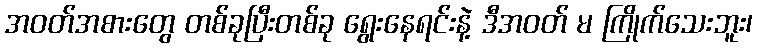
အဝတ်အစားတွေ တစ်ခုပြီးတစ်ခု ရွေးနေရင်းနဲ့ ဒီအဝတ် မ ကြိုက်သေးဘူး၊